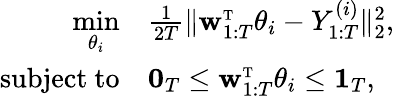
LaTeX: \begin{array}{rl}{\underset{\theta_{i}}{\mathrm{min}}}&{\frac{1}{2T}\| \mathbf{w}_{1:T}^{\mathrm{\scriptscriptstyle T}}\theta_{i}-Y_{1:T}^{(i)}\| _{2}^{2},}\\ {\mathrm{subject~to}}&{\mathbf{0}_{T}\leq\mathbf{w}_{1:T}^{\mathrm{\scriptscriptstyle T}}\theta_{i}\leq\mathbf{1}_{T},}\end{array}